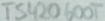
Text: TS420600T